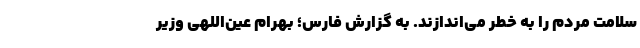
سلامت مردم را به خطر می‌اندازند. به گزارش فارس؛ بهرام عین‌اللهی وزیر